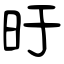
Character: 旴